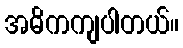
အဓိကကျပါတယ်။